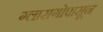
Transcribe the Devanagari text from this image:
ग्लासगोपासून